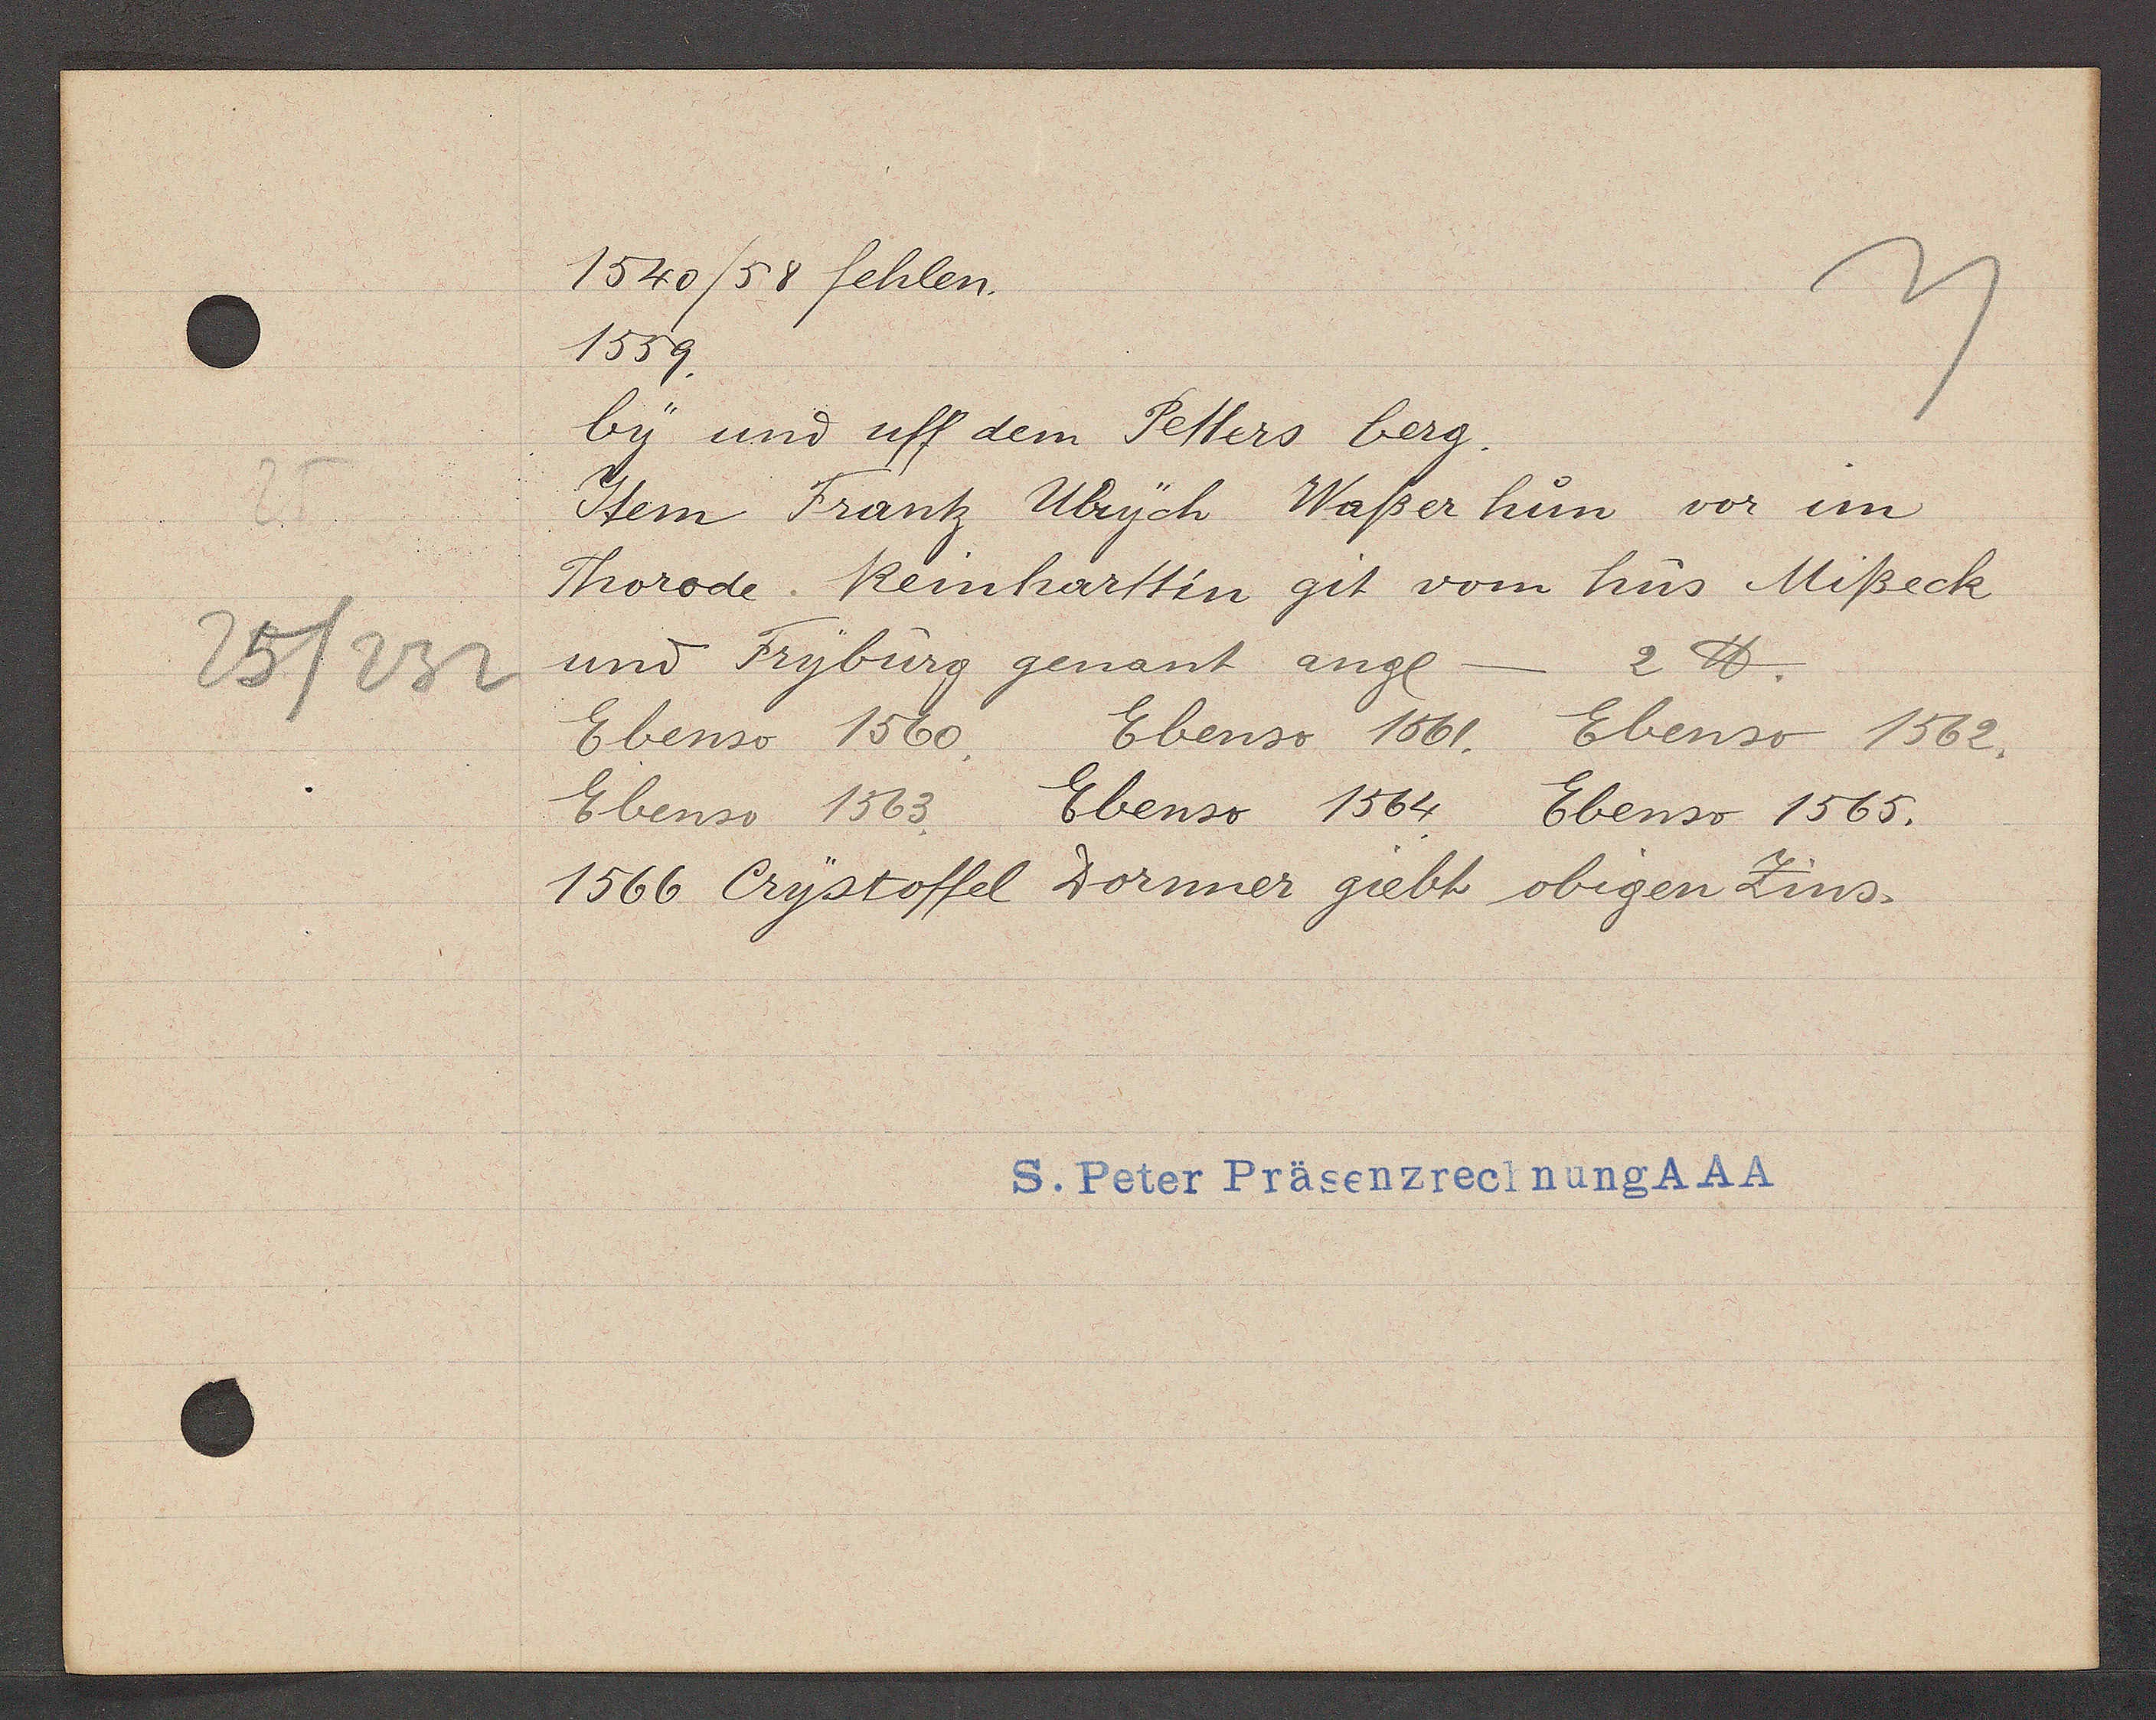
Transcript:
25/232

1540/58 fehlen.

1559.
by und uff dem Petters berg.
Item Frantz Ubrych Waßerhum vor im
Thorode Reinharttin git vom hus Mißeck
und Fryburg genant angl
2 ℔
Ebenso 1560.
Ebenso 1561. Ebenso 1562.
Ebenso 1563
Ebenso 1564.
Ebenso 1565.
1566 Crystoffel Dornner giebt obigen Zins.

S. Peter Präsenzrechnung AAA